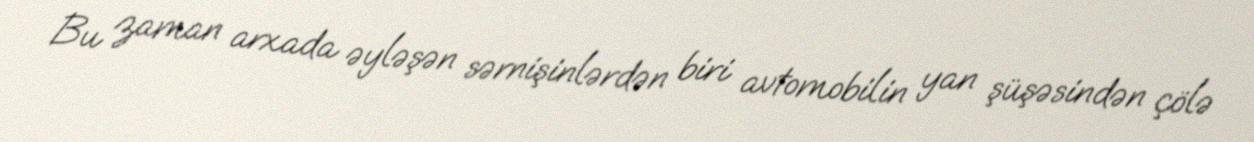
Bu zaman arxada əyləşən sərnişinlərdən biri avtomobilin yan şüşəsindən çölə